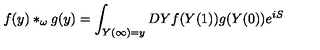
f ( y ) \ast _ { \omega } g ( y ) = \int _ { Y ( \infty ) = y } D Y f ( Y ( 1 ) ) g ( Y ( 0 ) ) e ^ { i S }